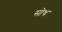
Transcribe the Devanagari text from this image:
सोथ